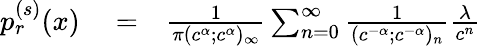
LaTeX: \begin{array}{rlr}{p_{r}^{(s)}(x)}&{{}=}&{\frac{1}{\pi(c^{\alpha};c^{\alpha})_{\infty}}\sum_{n=0}^{\infty}\frac{1}{(c^{-\alpha};c^{-\alpha})_{n}}\frac{\lambda}{c^{n}}}\end{array}